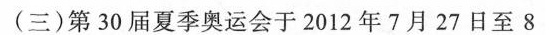
(三)第30届夏季奥运会于2012年7月27日至8